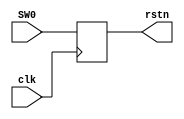
//==============================================================================
// Module name: reset
// Description: 
// -------------------------------------------------
// Modification log here:
// Author     :
// Date       : 
// Message    :
//==============================================================================
module reset
(
  input  clk,
  input  SW0,

  output rstn
  
);

  reg SW0_reg;

  always@(posedge clk) begin 
    SW0_reg <= SW0;
  end

  assign rstn = SW0_reg;

endmodule